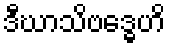
ဒီဃာသိဗဒ္ဓေဟိ